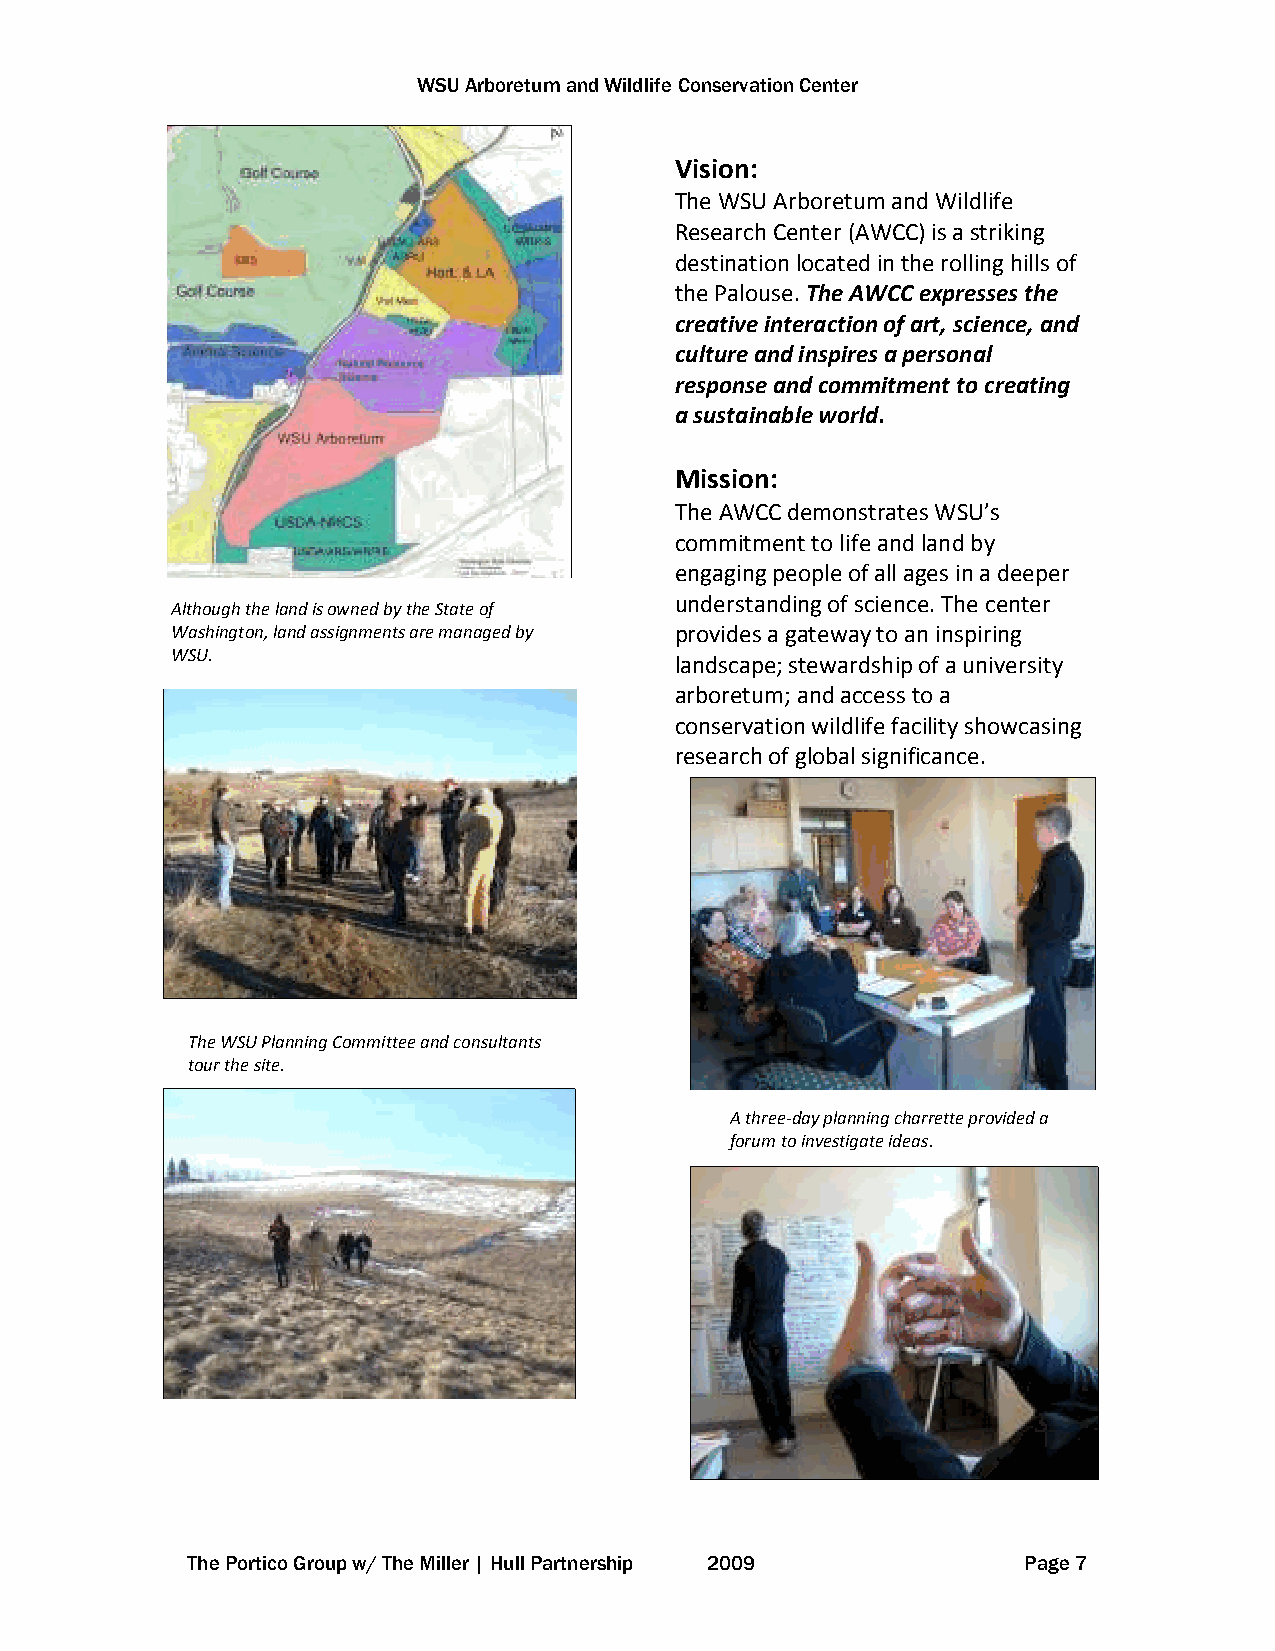
WSU Arboretum and Wildlife Conservation Center
 Vision:
 The WSU Arboretum and Wildlife
 Research Center (AWCC) is a striking
 destination located in the rolling hills of
 the Palouse. The AWCC expresses the
 creative interaction of art, science, and
 culture and inspires a personal
 response and commitment to creating
 a sustainable world.
 Mission:
 The AWCC demonstrates WSU’s
 commitment to life and land by
 engaging people of all ages in a deeper
 understanding of science. The center
 Although the land is owned by the State of
 W ashington, land assignments are managed by provides a gateway to an inspiring
 WSU.
 landscape; stewardship of a university
 arboretum; and access to a
 conservation wildlife facility showcasing
 research of global significance.
 The WSU Planning Committee and consultants
 tour the site.
 A three-day planning charrette provided a
 forum to investigate ideas.
 The Portico Group w/ The Miller | Hull Partnership 2009 Page 7